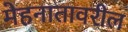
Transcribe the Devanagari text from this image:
मेहनातावरील